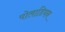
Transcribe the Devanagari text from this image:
पोलाडियन